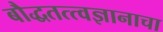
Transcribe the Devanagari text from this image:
बौद्धतत्त्वज्ञानाचा